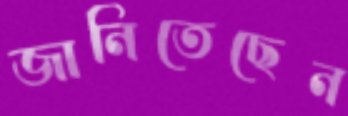
জানিতেছেন